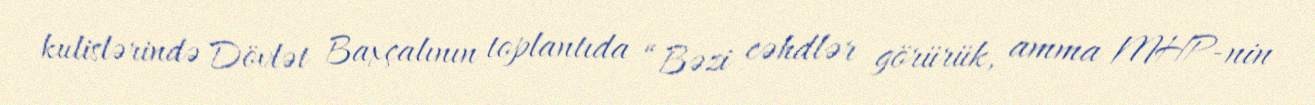
kulislərində Dövlət Baxçalının toplantıda “Bəzi cəhdlər görürük, amma MHP-nin